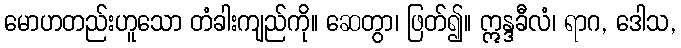
မောဟတည်းဟူသော တံခါးကျည်ကို။ ဆေတွာ၊ ဖြတ်၍။ ဣန္ဒခီလံ၊ ရာဂ, ဒေါသ,